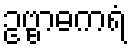
ဥဗ္ဗာဓကရံ